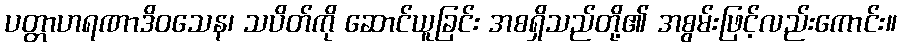
ပတ္တာဟရဏာဒိဝသေန၊ သပိတ်ကို ဆောင်ယူခြင်း အစရှိသည်တို့၏ အစွမ်းဖြင့်လည်းကောင်း။